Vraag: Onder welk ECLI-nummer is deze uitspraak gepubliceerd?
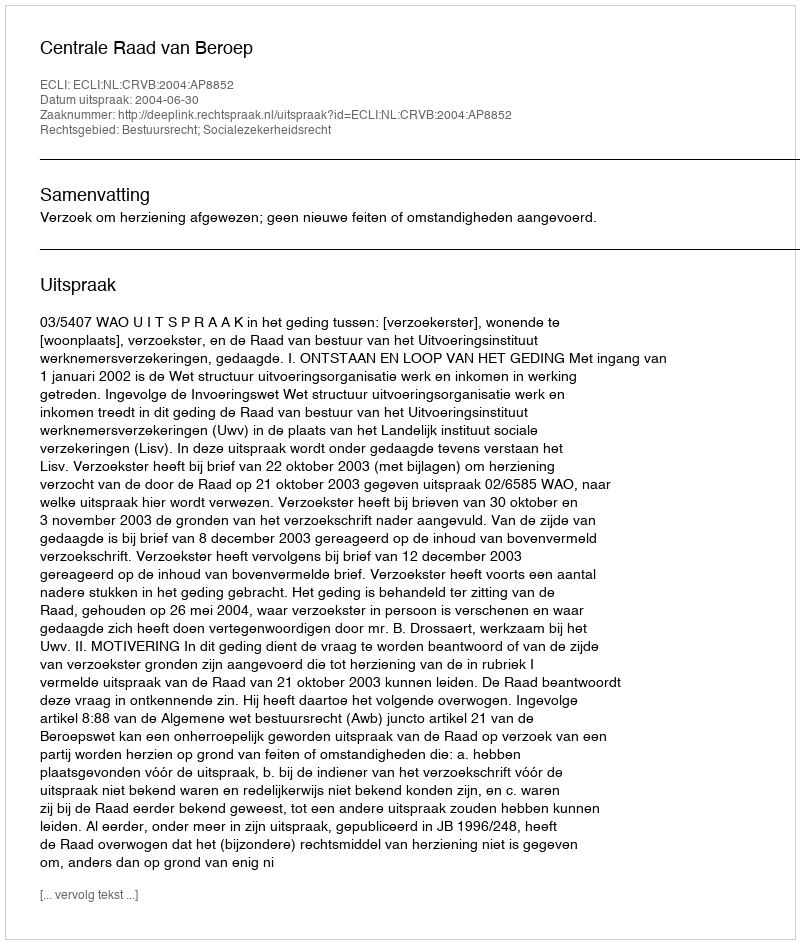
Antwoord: ECLI:NL:CRVB:2004:AP8852